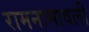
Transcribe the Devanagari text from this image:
रामनामावली